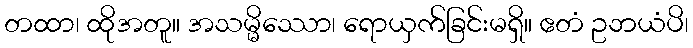
တထာ၊ ထိုအတူ။ အသမ္မိဿော၊ ရောယှက်ခြင်းမရှိ။ ဧတံ ဥဘယံပိ၊